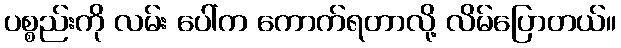
ပစ္စည်းကို လမ်း ပေါ်က ကောက်ရတာလို့ လိမ်ပြောတယ်။